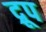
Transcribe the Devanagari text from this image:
द्रूप